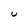
Character: U